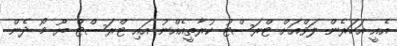
އެއީ އަހަރެން ލަވްއަށް ޓްރަސްޓު ކުރާތީއެއްނު އައި ޓްރަސްޓް ޔޫ މޯ ދެން